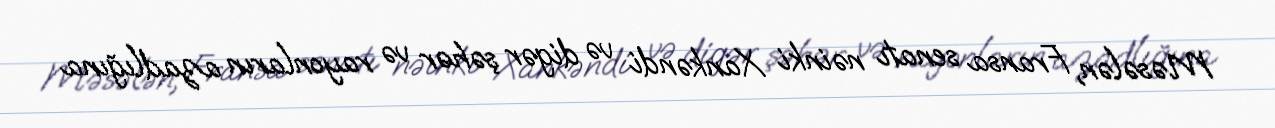
Məsələn, Fransa senatı nəinki Xankəndi və digər şəhər və rayonların azadlığına